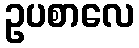
ဥပစာလေ